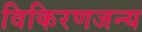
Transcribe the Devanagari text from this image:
विकिरणजन्य